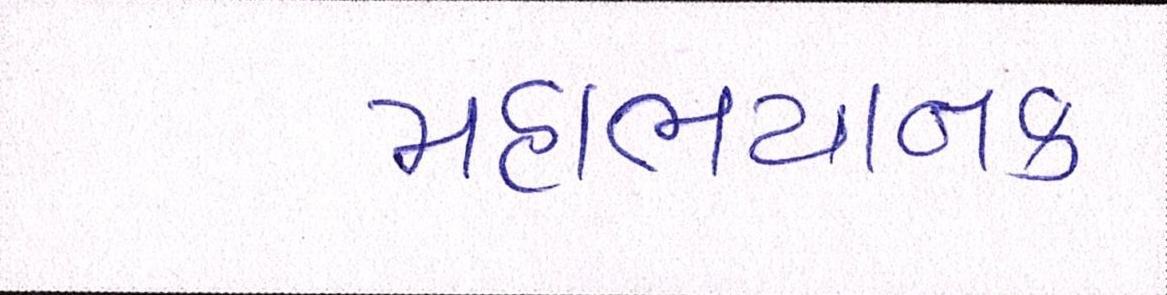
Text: મહાભયાનક